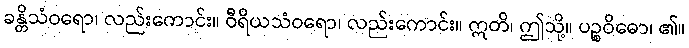
ခန္တိသံဝရော၊ လည်းကောင်း။ ဝီရိယသံဝရော၊ လည်းကောင်း။ ဣတိ၊ ဤသို့။ ပဉ္စဝိဓော၊ ၏။